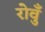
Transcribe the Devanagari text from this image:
रोवुँ